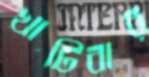
খাটিবার